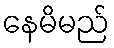
နေမိမည်